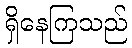
ရှိနေကြသည်